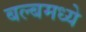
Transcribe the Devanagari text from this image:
बल्बमध्ये